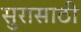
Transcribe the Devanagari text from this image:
सुरासाठी